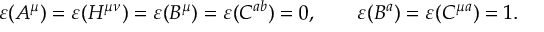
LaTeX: \varepsilon ( A ^ { \mu } ) = \varepsilon ( H ^ { \mu \nu } ) = \varepsilon ( B ^ { \mu } ) = \varepsilon ( C ^ { a b } ) = 0 , \qquad \varepsilon ( B ^ { a } ) = \varepsilon ( C ^ { \mu a } ) = 1 .